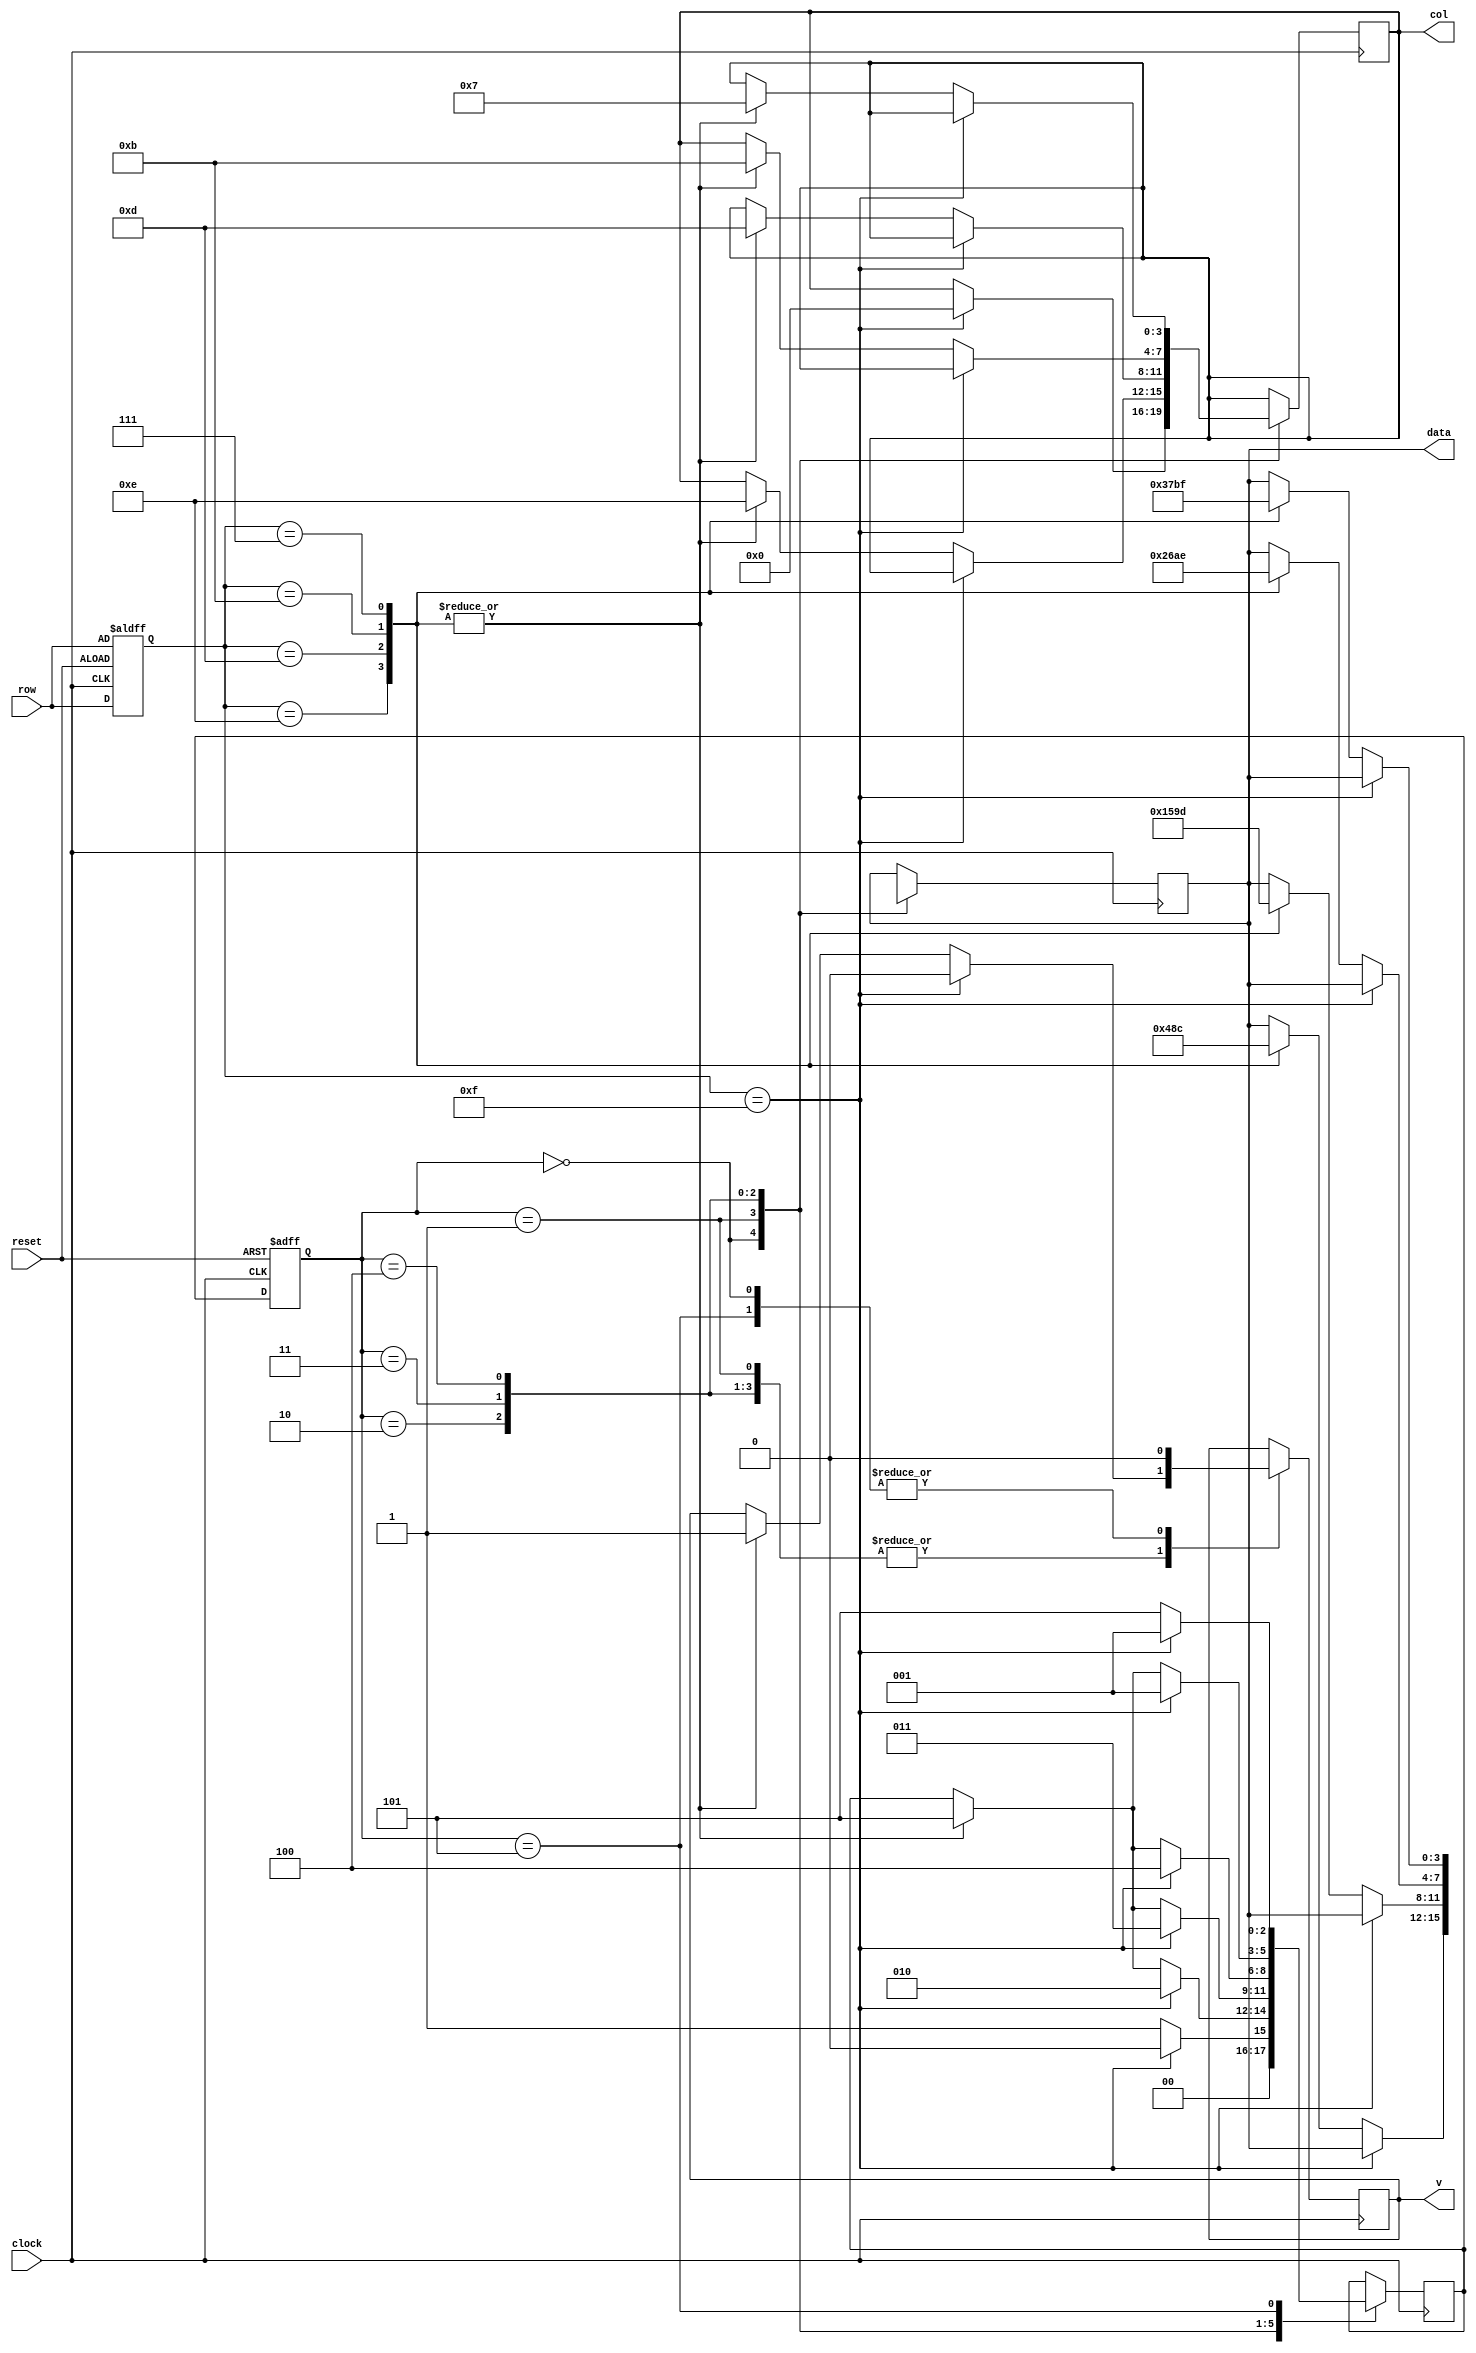
`timescale 1 ns / 10 ps
module keypad(row,col,data,v,clock,reset);
    
output [3:0] col;
output [3:0] data;
output v;

input [3:0] row;
input clock;
input reset;
    

parameter s_0=3'b000,s_1=3'b001,s_2=3'b010,s_3=3'b011,s_4=3'b100,s_5=3'b101;

    reg [2:0] state,	next_state;
    reg [3:0] data;
    reg [3:0] col;
    reg [3:0] store;
    reg v;
	
	
  always@(posedge clock or negedge reset)
  begin
  if (reset == 0) begin state <= s_0;store <= row;end
  else begin	state <= next_state;store <= row; end
  end
	
	always@(posedge clock) begin 
	
	case(state)
	
s_0:if(store==4'b1111) begin next_state = s_0; col<=4'b0000;  v<=0; data<=4'bx; end
    else begin next_state = s_1; col<=col;v<=0;data<=4'bx; end

s_1:if(store==4'b1111) begin next_state = s_2; col<=col;v<=0;data<=data; end
	else begin case(store)
	4'b1110 : begin data <= 4'b0000; v<=1; next_state=s_5;col<=4'b1110; end
	4'b1101 : begin data <= 4'b0100; v<=1; next_state=s_5;col<=4'b1110;end
        4'b1011 : begin data <= 4'b1000; v<=1; next_state=s_5;col<=4'b1110; end
        4'b0111 : begin data <= 4'b1100; v<=1; next_state=s_5;col<=4'b1110; end
        endcase
	end
	
s_2: if(store==4'b1111) begin next_state = s_3; col<=col;v<=0;data<=data; end
	else begin case(store)
        4'b1110 : begin data <= 4'b0001; v<=1; next_state=s_5;col<=4'b1101; end
	4'b1101 : begin data <= 4'b0101; v<=1; next_state=s_5;col<=4'b1101; end
	4'b1011 : begin data <= 4'b1001; v<=1; next_state=s_5;col<=4'b1101; end
	4'b0111 : begin data <= 4'b1101; v<=1; next_state=s_5;col<=4'b1101; end
	endcase
	end
   
s_3: if(store==4'b1111) begin next_state = s_4; col<=col;v<=0;data<=data; end
	else begin case(store)
        4'b1110 : begin data <= 4'b0010; v<=1; next_state=s_5; col<=4'b1011; end
	4'b1101 : begin data <= 4'b0110; v<=1; next_state=s_5; col<=4'b1011; end
        4'b1011 : begin data <= 4'b1010; v<=1; next_state=s_5;col<=4'b1011; end
	4'b0111 : begin data <= 4'b1110; v<=1; next_state=s_5;col<=4'b1011; end
        endcase
	end
  
 s_4: if(store==4'b1111) begin next_state = s_1; col<=col;v<=0;data<=data; end
	 else begin case(store)
         4'b1110 : begin data <= 4'b0011; v<=1; next_state=s_5;col<=4'b0111; end
	 4'b1101 : begin data <= 4'b0111; v<=1; next_state=s_5;col<=4'b0111; end
	 4'b1011 : begin data <= 4'b1011; v<=1; next_state=s_5;col<=4'b0111; end
	 4'b0111 : begin data <= 4'b1111; v<=1; next_state=s_5;col<=4'b0111;end
	 endcase
	 end	
   
s_5: if(store==4'b1111) begin next_state=s_1; col<=col;v<=0;data<=data; end
     else begin next_state=s_5; col <= col; v<=0; data<=data; end

endcase

end		  

endmodule